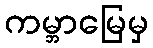
ကမ္ဘာမြေမှ